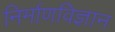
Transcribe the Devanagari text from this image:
निर्माणविज्ञान